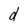
Character: d